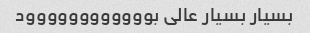
بسیار بسیار عالی بوووووووووووود